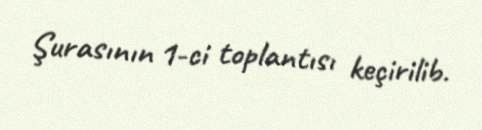
Şurasının 1-ci toplantısı keçirilib.